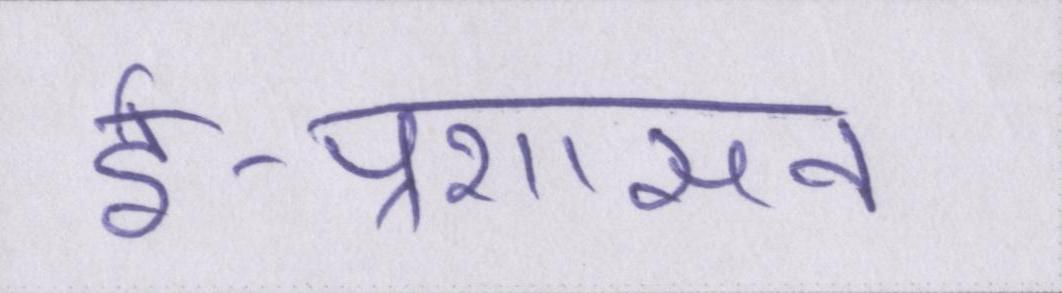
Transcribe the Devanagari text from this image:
ई-प्रशासन